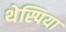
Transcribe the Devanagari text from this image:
थेस्पिया